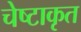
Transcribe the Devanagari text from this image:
चेष्टाकृत